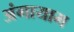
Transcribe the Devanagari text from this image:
अंगायाम